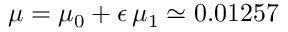
\mu = \mu _ { 0 } + \epsilon \, \mu _ { 1 } \simeq 0 . 0 1 2 5 7